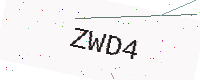
Text: ZWD4